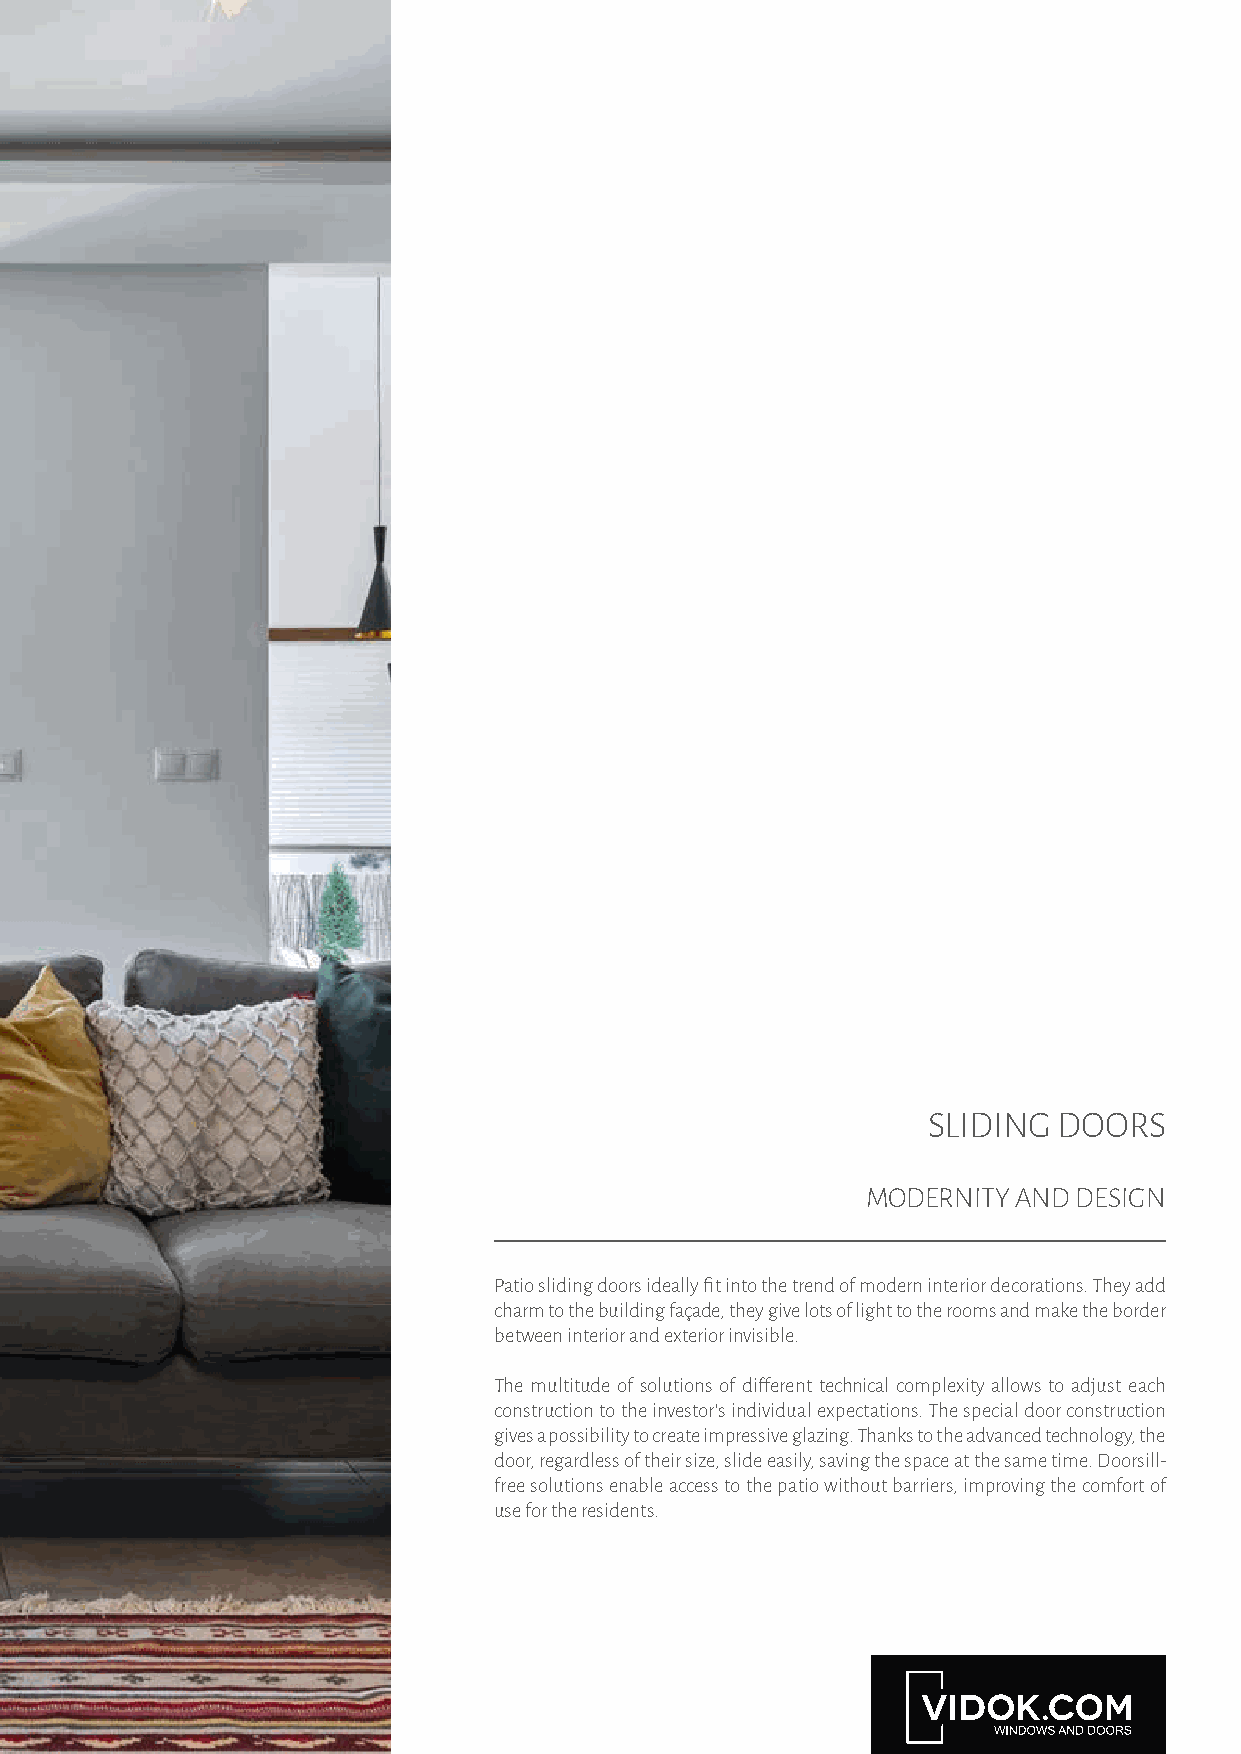
SLIDING  DOORS
 MODERNITY AND DESIGN
 Patio sliding doors ideally fit into the trend of modern interior decorations. They add
 charm to the building façade, they give lots of light to the rooms and make the border
 between interior and exterior invisible.
 The multitude of solutions of different technical complexity allows to adjust each
 construction to the investor’s individual expectations. The special door construction
 gives a possibility to create impressive glazing. Thanks to the advanced technology, the
 door, regardless of their size, slide easily, saving the space at the same time. Doorsill-
 free solutions enable access to the patio without barriers, improving the comfort of
 use for the residents.